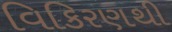
વિકિરણથી